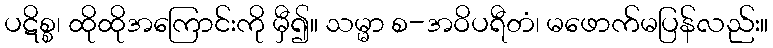
ပဋိစ္စ၊ ထိုထိုအကြောင်းကို မှီ၍။ သမ္မာ စ-အဝိပရီတံ၊ မဖောက်မပြန်လည်း။